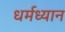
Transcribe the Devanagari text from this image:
धर्मध्यान